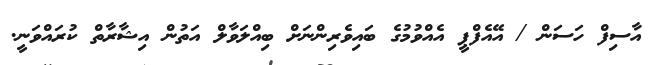
އާސިފް ހަސަން / އޭއެފްޕީ އެއްވުމުގެ ބައިވެރިންނަށް ބިއްލަވާލް އަތުން އިޝާރާތް ކުރައްވަނީ.